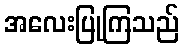
အလေးပြုကြသည်